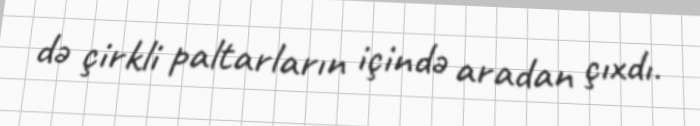
də çirkli paltarların içində aradan çıxdı.